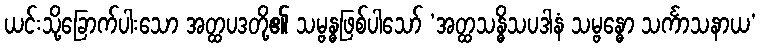
ယင်းသို့ခြောက်ပါးသော အတ္ထပဒတို့၏ သမ္ဗန္ဓဖြစ်ပါသော် ‘အတ္ထသန္ဓိသပဒါနံ သမ္ဗန္ဓော သင်္ကာသနာယ’